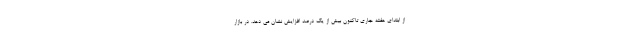
از ابتدای هفته جاری تاکنون بیش از یک درصد افزایش نشان می دهد. در بازار